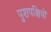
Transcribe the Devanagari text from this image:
पुशपक्षियों